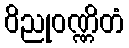
ဝိညုဝဏ္ဏိတံ